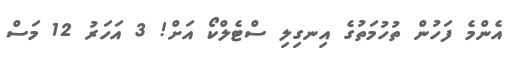
އެންމެ ފަހުން ތުހުމަތުގެ އިނގިލި ސްޓެލްކޯ އަށް! 3 އަހަރު 12 މަސް